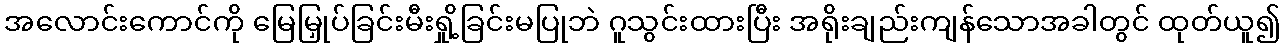
အလောင်းကောင်ကို မြေမြှုပ်ခြင်းမီးရှို့ခြင်းမပြုဘဲ ဂူသွင်းထားပြီး အရိုးချည်းကျန်သောအခါတွင် ထုတ်ယူ၍